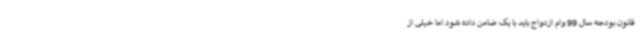
قانون بودجه سال 99 وام ازدواج باید با یک ضامن داده شود اما خیلی از